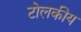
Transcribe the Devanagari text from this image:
टोलकीय